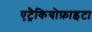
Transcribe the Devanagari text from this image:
एट्रैकियोफ़ाइटा